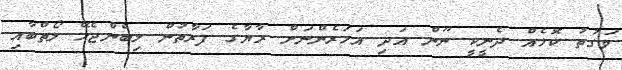
ވަގުތު ކޮޅެއް ދެނީކީ ނޫން އަދި އަހަރެންނަށް ރާޔާގެ ފަރާތުން ލިބެންޖެހޭ ލޯތްބާއި